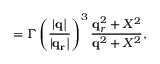
{ \bf \Gamma } = \Gamma \left( \frac { | \bf q | } { | \bf q _ { r } | } \right) ^ { 3 } \frac { { \bf q } _ { r } ^ { 2 } + X ^ { 2 } } { { \bf q } ^ { 2 } + X ^ { 2 } } ,